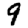
Digit: 9